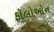
ફોલોઓન